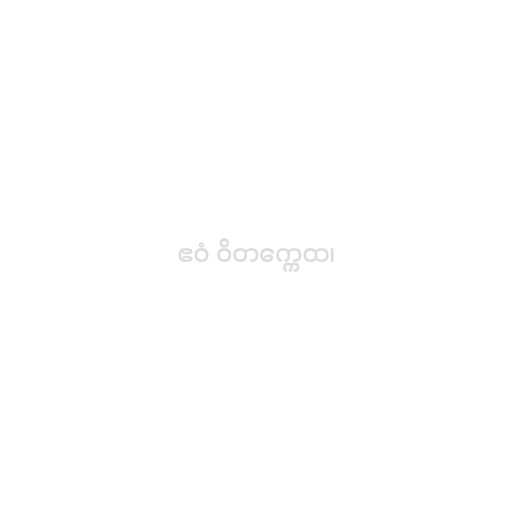
ဧဝံ ဝိတက္ကေထ၊